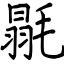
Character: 毾